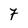
Character: 7